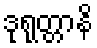
ဒုရုတ္တာနိ